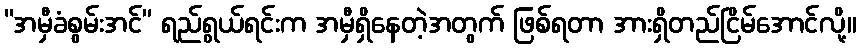
“အမှီခံစွမ်းအင်” ရည်ရွယ်ရင်းက အမှီရှိနေတဲ့အတွက် ဖြစ်ရတာ အားရှိတည်ငြိမ်အောင်လို့။